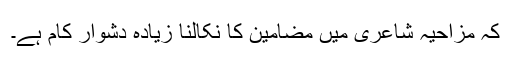
کہ مزاحیہ شاعری میں مضامین کا نکالنا زیادہ دشوار کام ہے۔